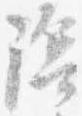
陰